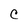
Character: C